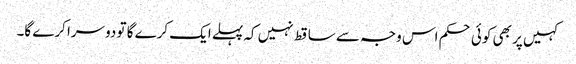
کہیں پر بھی کوئی حکم اس وجہ سے ساقط نہیں کہ پہلے ایک کرے گا تو دوسرا کرے گا۔